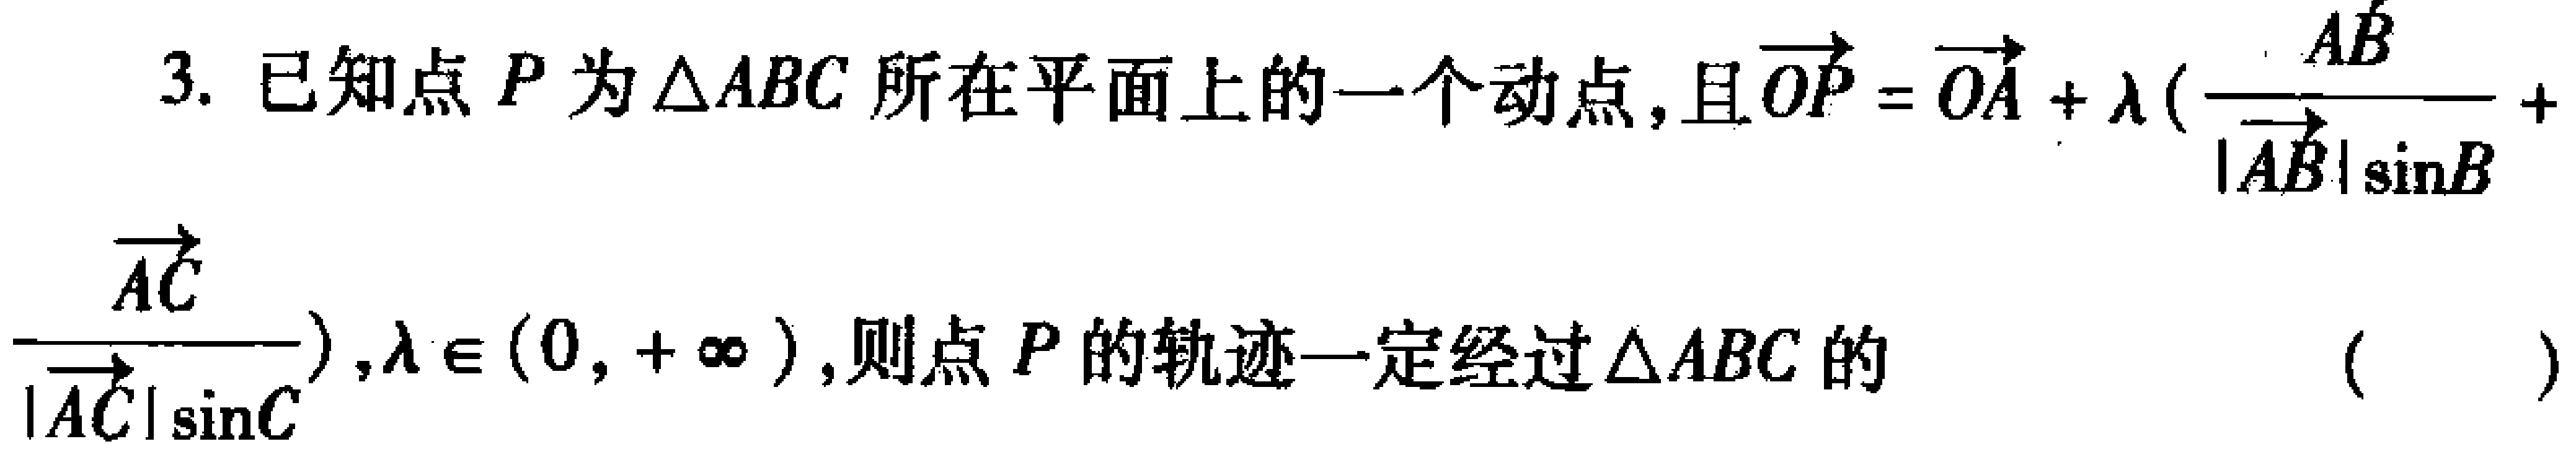
3. 已知点\(P\)为\(\triangle ABC\)所在平面上的一个动点，且\(\overrightarrow{OP} = \overrightarrow{OA}+\lambda(\frac{\overrightarrow{AB}}{\vert\overrightarrow{AB}\vert\sin B}+ \frac{\overrightarrow{AC}}{\vert\overrightarrow{AC}\vert\sin C}),\lambda\in(0, +\infty)\)，则点\(P\)的轨迹一定经过\(\triangle ABC\)的 （  ）